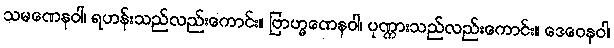
သမဏေနဝါ၊ ရဟန်းသည်လည်းကောင်း။ ဗြာဟ္မဏေနဝါ၊ ပုဏ္ဏားသည်လည်းကောင်း။ ဒေဝေနဝါ၊